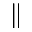
\parallel